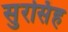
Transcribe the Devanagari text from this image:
सुरसिंह